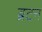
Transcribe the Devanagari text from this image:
ब्रटन